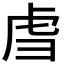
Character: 𫊞